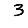
Digit: 3